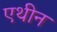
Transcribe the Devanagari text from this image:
एथीन